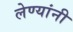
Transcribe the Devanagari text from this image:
लेण्यांनी